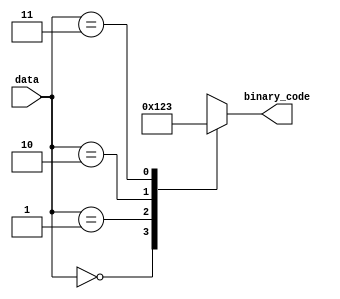
module encoder(
  input [7:0] data,
  output [3:0] binary_code
);

always @(*)
begin
  case(data)
    8'b00000000: binary_code = 4'b0000;
    8'b00000001: binary_code = 4'b0001;
    8'b00000010: binary_code = 4'b0010;
    8'b00000011: binary_code = 4'b0011;
    // Add remaining encoding scheme cases here
    default: binary_code = 4'bXXXX; // Invalid input
  endcase
end

endmodule